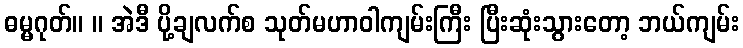
ဓမ္မဂုတ်။ ။ အဲဒီ ပို့ချလက်စ သုတ်မဟာဝါကျမ်းကြီး ပြီးဆုံးသွားတော့ ဘယ်ကျမ်း